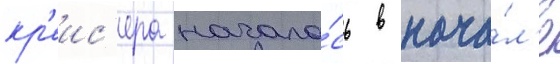
кр'еис'ера начало́сь в нача́л'е